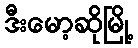
ဒီးမော့ဆိုမြို့